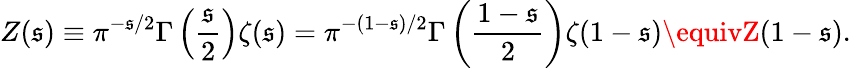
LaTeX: Z(\mathfrak{s})\equiv\pi^{-\mathfrak{s}/2}\Gamma\left(\frac{{\mathfrak{s}}}{{2}}\right)\zeta(\mathfrak{s})=\pi^{-(1-\mathfrak{s})/2}\Gamma\left(\frac{{1-\mathfrak{s}}}{{2}}\right)\zeta(1-\mathfrak{s})\equivZ(1-\mathfrak{s}).